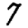
Digit: 7